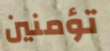
تؤمنين